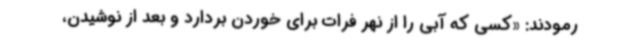
رمودند: «کسی که آبی را از نهر فرات برای خوردن بردارد و بعد از نوشیدن،